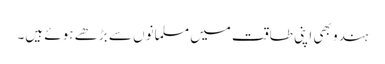
ہندو بھی اپنی طاقت میں مسلمانوں سے بڑھے ہوئے ہیں۔